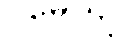
ဝမေယျ